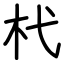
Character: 杙